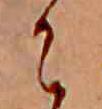
に